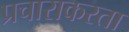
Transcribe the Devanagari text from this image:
प्रचाराकरता